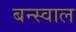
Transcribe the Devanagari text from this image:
बन्स्वाल